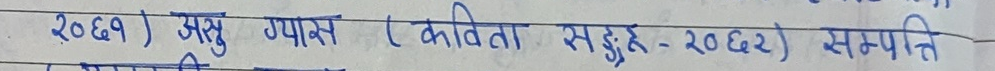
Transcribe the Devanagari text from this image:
२०६१) असु ग्यास (कविता संङ्ग्रह - २०६२) सम्पत्ति